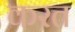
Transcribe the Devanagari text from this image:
करत